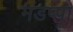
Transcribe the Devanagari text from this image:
मडप्पा